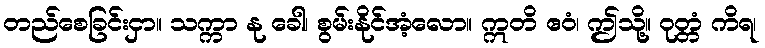
တည်စေခြင်းငှာ။ သက္ကာ နု ခေါ၊ စွမ်းနိုင်အံ့လော။ ဣတိ ဧဝံ၊ ဤသို့။ ဝုတ္တံ ကိရ၊